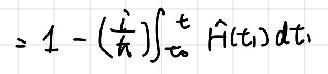
$=1 - (\frac{\dot{i}}{k})\int_{t_0}^{t}\hat{H}(t_1)dt_1$